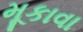
મૂકાવા